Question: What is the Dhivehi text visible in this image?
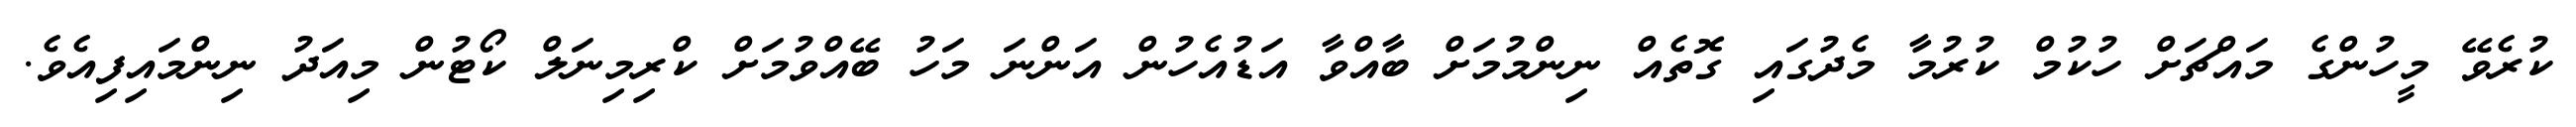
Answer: ކުރެވޭ މީހުންގެ މައްޗަށް ހުކުމް ކުރުމާ މެދުގައި ގޮތެއް ނިންމުމަށް ބާއްވާ އަޑުއެހުން އަންނަ މަހު ބޭއްވުމަށް ކްރިމިނަލް ކޯޓުން މިއަދު ނިންމައިފިއެވެ.